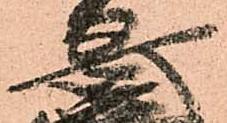
安